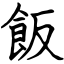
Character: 飯